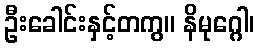
ဦးခေါင်းနှင့်တကွ။ နိမုဂ္ဂေါ၊